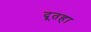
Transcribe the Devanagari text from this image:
दूतहा